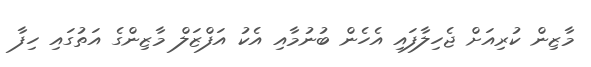
މާޒިން ކުރިއަށް ޖެހިލާފައި އެހެން ބުނުމާއި އެކު އަފްޒަލް މާޒިންގެ އަތުގައި ހިފާ